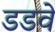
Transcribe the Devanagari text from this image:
डडवे